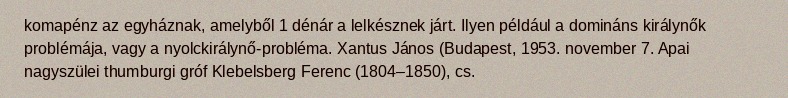
komapénz az egyháznak, amelyből 1 dénár a lelkésznek járt. Ilyen például a domináns királynők problémája, vagy a nyolckirálynő-probléma. Xantus János (Budapest, 1953. november 7. Apai nagyszülei thumburgi gróf Klebelsberg Ferenc (1804–1850), cs.